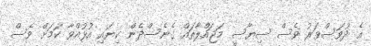
އެ ދުވަސްވަރު ވެސް ސިޔާސީ މަޖައްލާތައް ގެނެސްދެން ކިޔައި އުޅުއްވާ ކަމަށް ވެސް